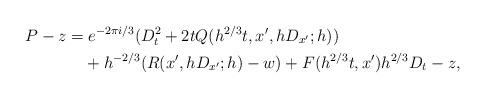
LaTeX: \begin{align*}P-z=&\;e^{-2\pi i/3}(D_t^2+2tQ(h^{2/3}t,x',hD_{x'};h))\\&+h^{-2/3}(R(x',hD_{x'};h)-w)+F(h^{2/3}t,x')h^{2/3}D_t-z,\end{align*}